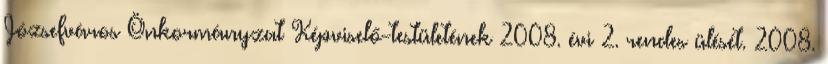
Józsefváros Önkormányzat Képviselő-testületének 2008. évi 2. rendes ülését. 2008.